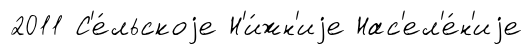
2011 С'е́льскоjе Н'и́жн'иjе Нас'ел'е́н'иjе